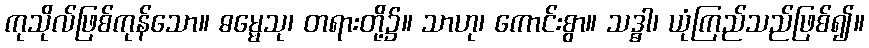
ကုသိုလ်ဖြစ်ကုန်သော။ ဓမ္မေသု၊ တရားတို့၌။ သာဟု၊ ကောင်းစွာ။ သဒ္ဓါ၊ ယုံကြည်သည်ဖြစ်၍။